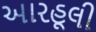
આરહૂલી